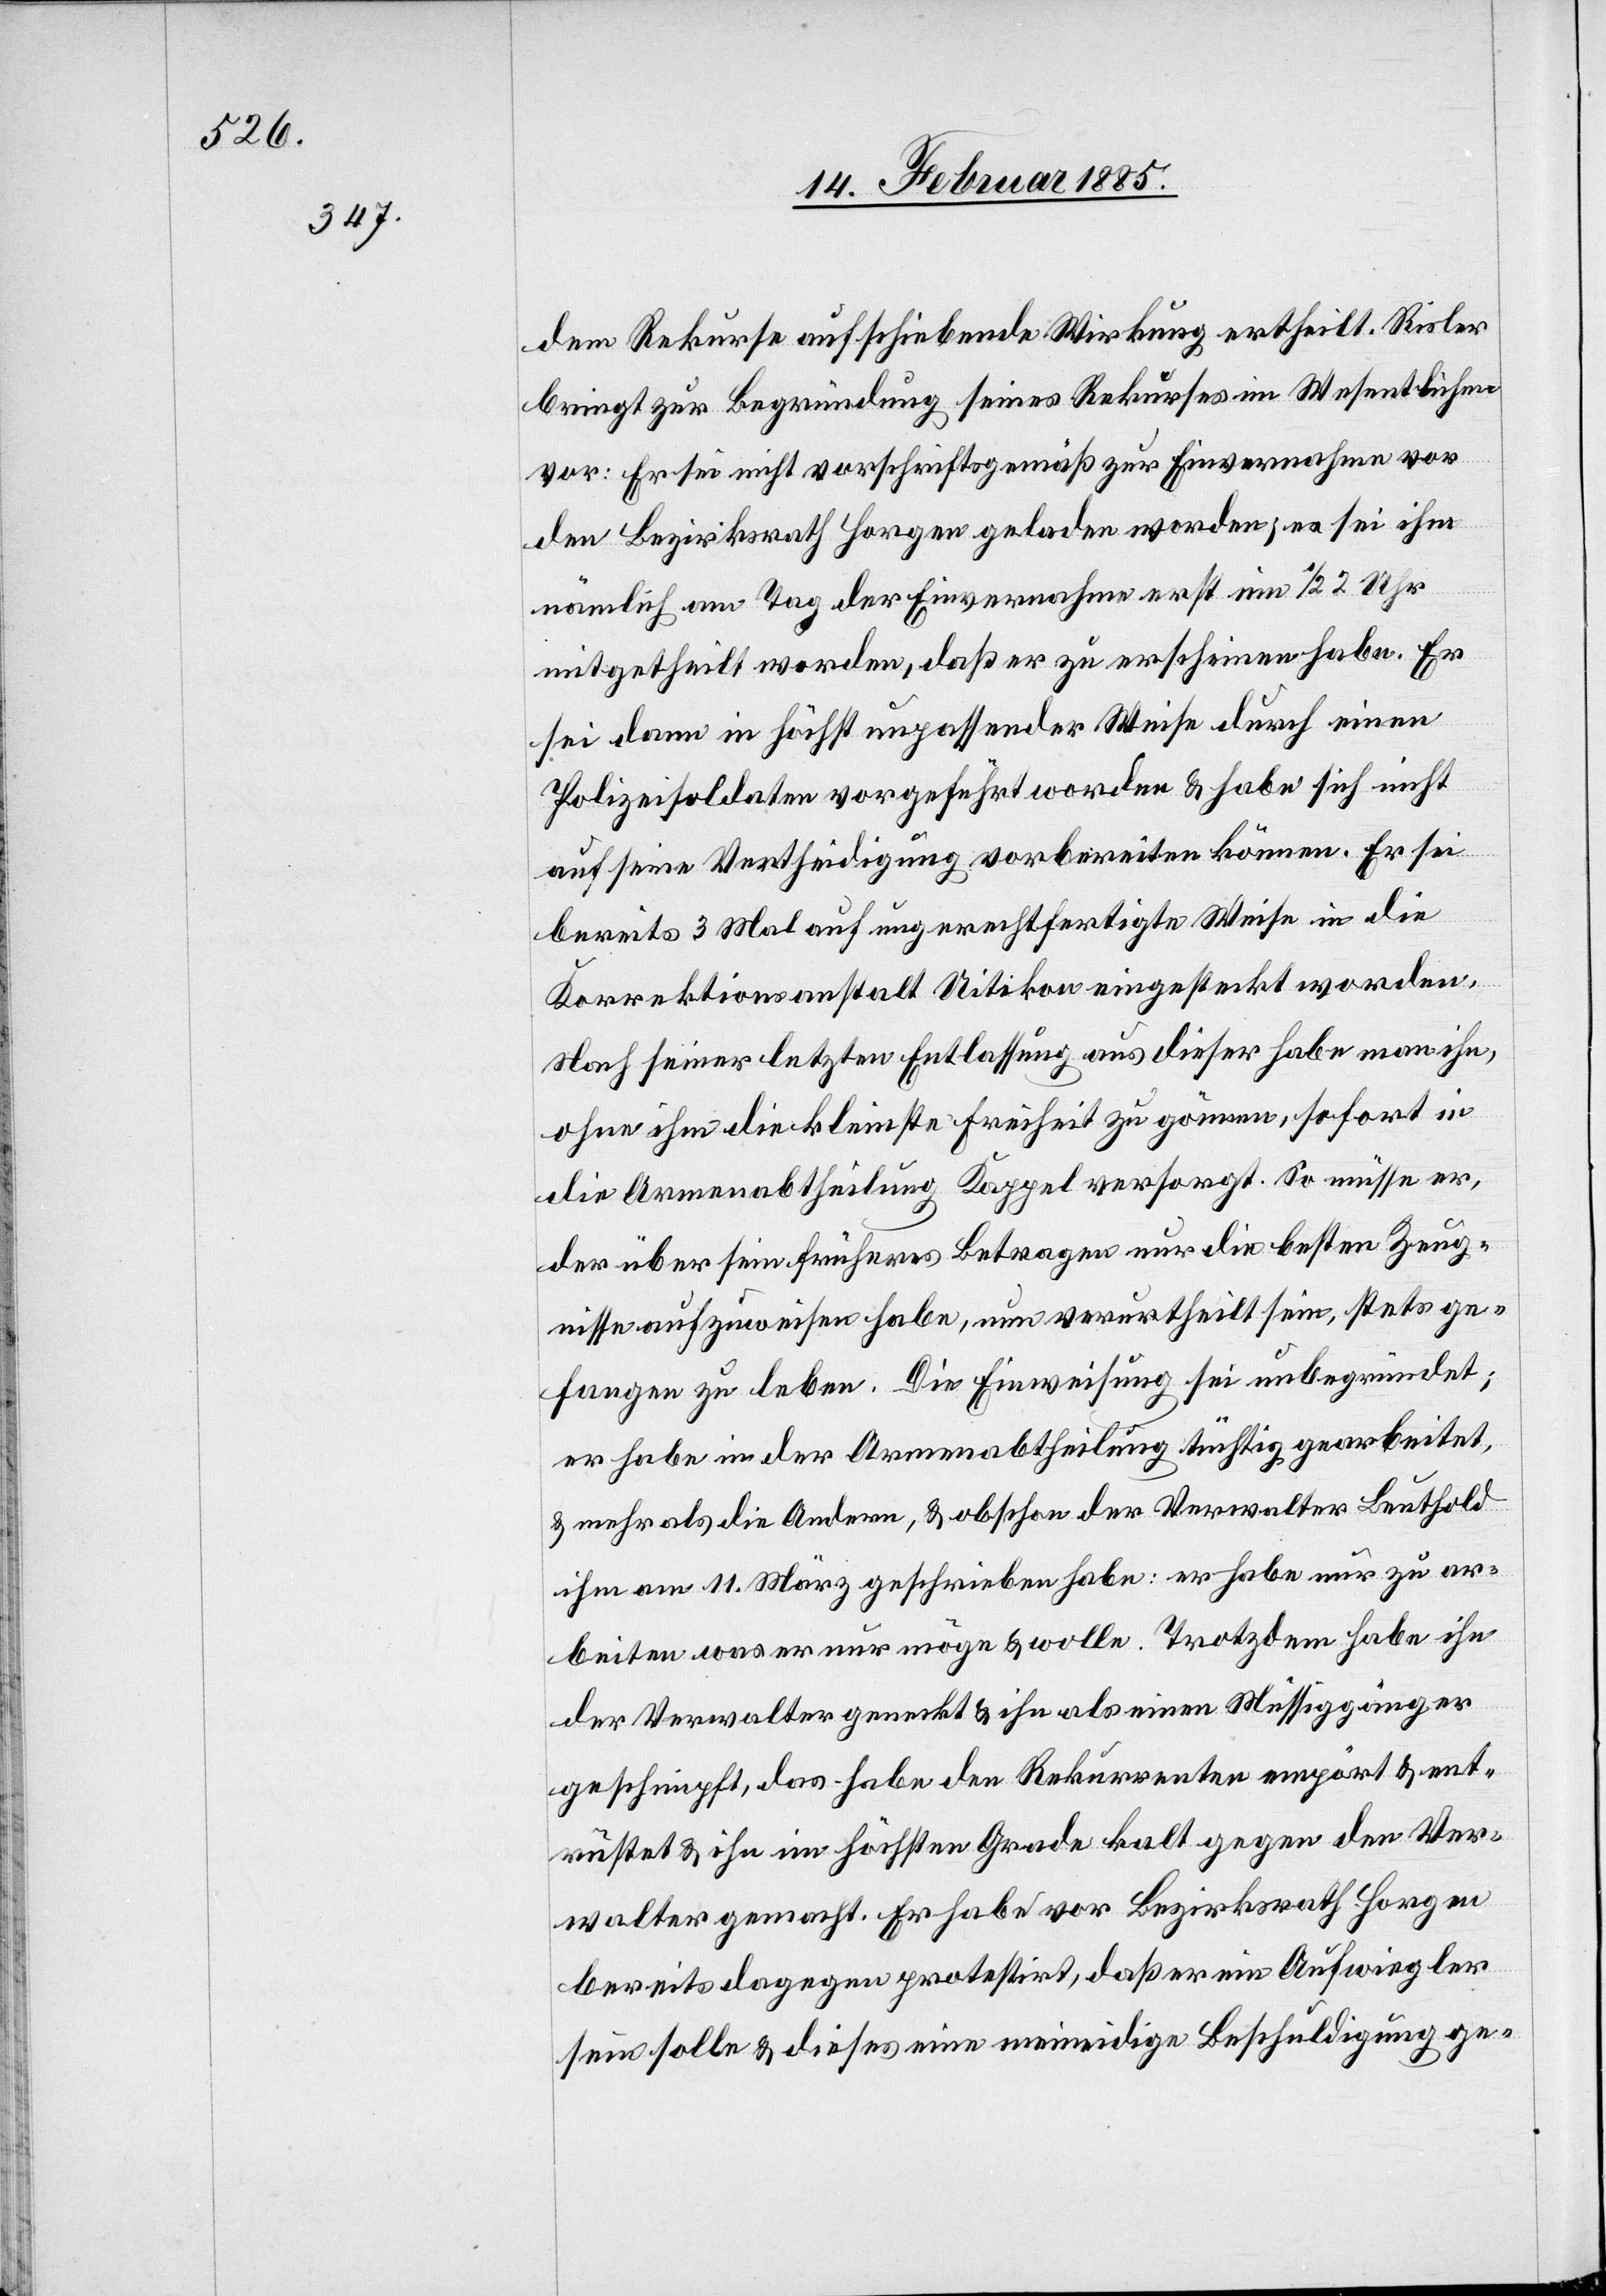
dem Rekurse aufschiebende Wirkung ertheilt. Risler
bring zur Begründung seines Rekurses im Wesentlichen
vor: Er sei nicht vorschriftsgemäß zur Einvernahme vor
den Bezirksrath Horgen geladen worden; es sei ihm
nämlich am Tag der Einvernahme erst um 1/2 2 Uhr
mitgetheilt worden, daß er zu erscheinen habe. Er
sei dann in höchst unpassender Weise durch einen
Polizeisoldaten vorgeführt worden & habe sich nicht
auf seine Vertheidigung vorbereiten können. Er sei
bereits 3 Mal auf ungerechtfertigte Weise in die
Korrektionsanstalt Uitikon eingesteckt worden.
Nach seiner letzten Entlassung aus dieser habe man ihn,
ohne ihm die kleinste Freiheit zu gönnen, sofort in
die Armenabtheilung Kappel versorgt. So müsse er,
der über sein früheres Betragen nur die besten Zeug¬
nisse aufzuweisen habe, nun verurtheilt sein, stets ge¬
fangen zu leben. Die Einweisung sei unbegründet;
er habe in der Armenabtheilung tüchtig gearbeitet,
& mehr als die Andern, & obschon der Verwalter Leuthold
ihm am 11. März geschrieben habe: er habe nur zu ar¬
beiten was er nur möge & wolle. Trotzdem habe ihn
der Verwalter geweckt & ihn als einen Müssiggänger
geschimpft, das habe den Rekurrenten empört & ent¬
rüstet & ihn im höchsten Grade kalt gegen den Ver¬
walter gemacht. Er habe vor Bezirksrath Horgen
bereits dagegen protestirt, daß er ein Aufwiegler
sein solle & dieses eine meineidige Beschuldigung ge-